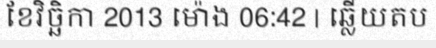
ខែវិច្ឆិកា 2013 ម៉ោង 06:42 | ឆ្លើយតប